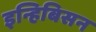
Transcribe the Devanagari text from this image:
इन्हिबिसन